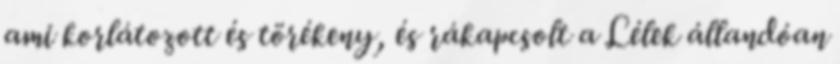
ami korlátozott és törékeny, és rákapcsolt a Lélek állandóan